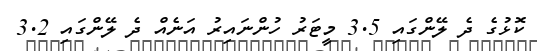
ކޮޅުގެ ދެ ލޭންގައި 3.5 މީޓަރު ހުންނައިރު އަނެއް ދެ ލޭންގައި 3.2